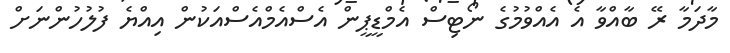
މާދަމާ ރޭ ބާއްވާ އެ އެއްވުމުގެ ނޯޓިސް އެމްޑީޕީން އެސްއެމްއެސްއަކުން އިއްޔެ ފުލުހުންނަށް